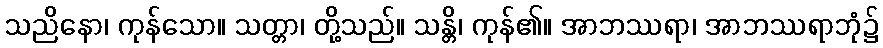
သညိနော၊ ကုန်သော။ သတ္တာ၊ တို့သည်။ သန္တိ၊ ကုန်၏။ အာဘဿရာ၊ အာဘဿရာဘုံ၌